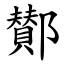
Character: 鄼